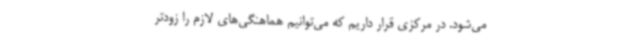
می‌شود. در مرکزی قرار داریم که می‌توانیم هماهنگی‌های لازم را زودتر